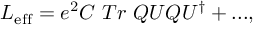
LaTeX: { \cal L } _ { \mathrm { e f f } } = e ^ { 2 } C ~ T r ~ Q U Q U ^ { \dagger } + . . . ,